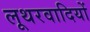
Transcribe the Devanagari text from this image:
लूथरवादियों